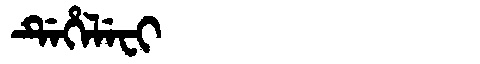
Manchu: ᡩᡝᡥᡝᠯᡝᠸᡳ
Romanization: DEHELEFI